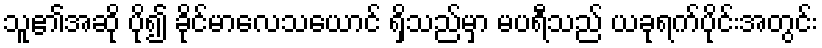
သူ၏အဆို ပို၍ ခိုင်မာလေသယောင် ရှိသည်မှာ မပရီသည် ယခုရက်ပိုင်းအတွင်း